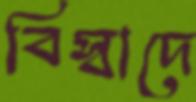
বিস্বাদে